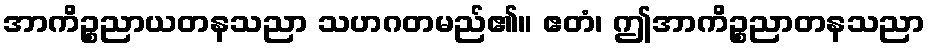
အာကိဉ္စညာယတနသညာ သဟဂတမည်၏။ ဧတံ၊ ဤအာကိဉ္စညာတနသညာ